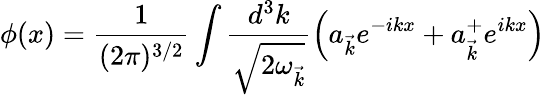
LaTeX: \phi(x)=\frac{1}{(2\pi)^{3/2}}\int\frac{d^{3}k}{\sqrt{2{\omega}_{\vec{k}}}}\left(a_{\vec{k}}e^{-ikx}+a_{\vec{k}}^{+}e^{ikx}\right)